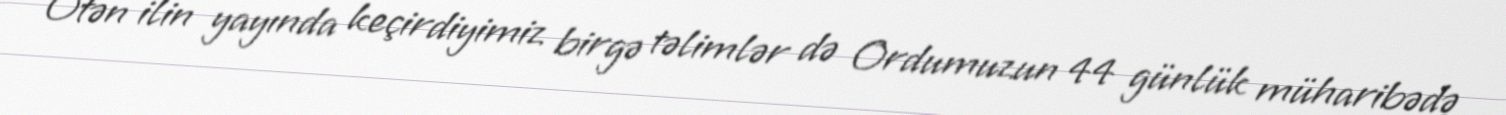
Ötən ilin yayında keçirdiyimiz birgə təlimlər də Ordumuzun 44 günlük müharibədə